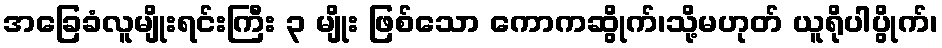
အခြေခံလူမျိုးရင်းကြီး ၃ မျိုး ဖြစ်သော ကောကဆွိုက်၊သို့မဟုတ် ယူရိုပါပွိုက်၊